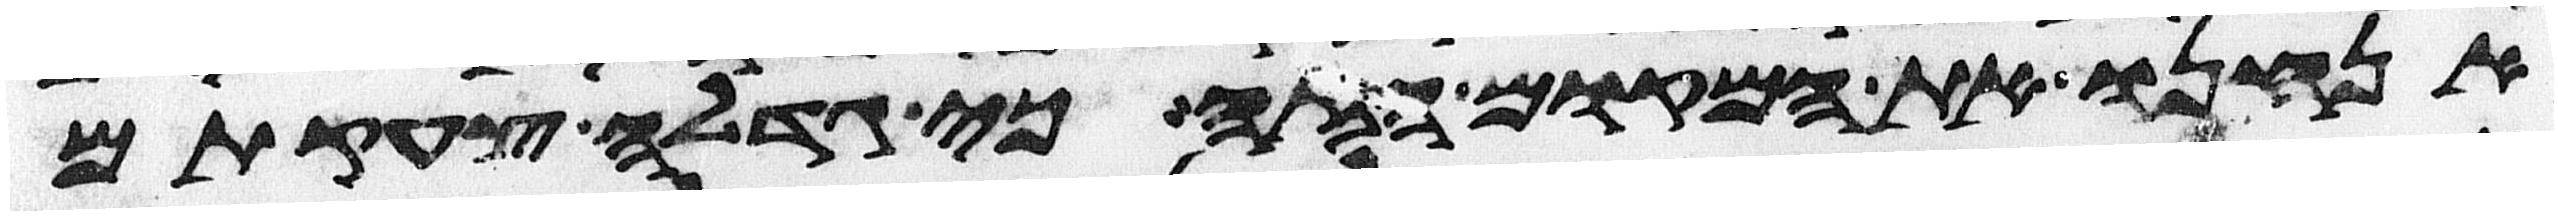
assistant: אנחנו את המקום הזה כי גדלה צעקתם